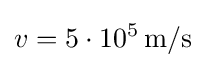
v=5\cdot 10^{5}\,{\rm {m/s}}